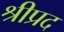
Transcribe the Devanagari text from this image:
श्रीप्रद